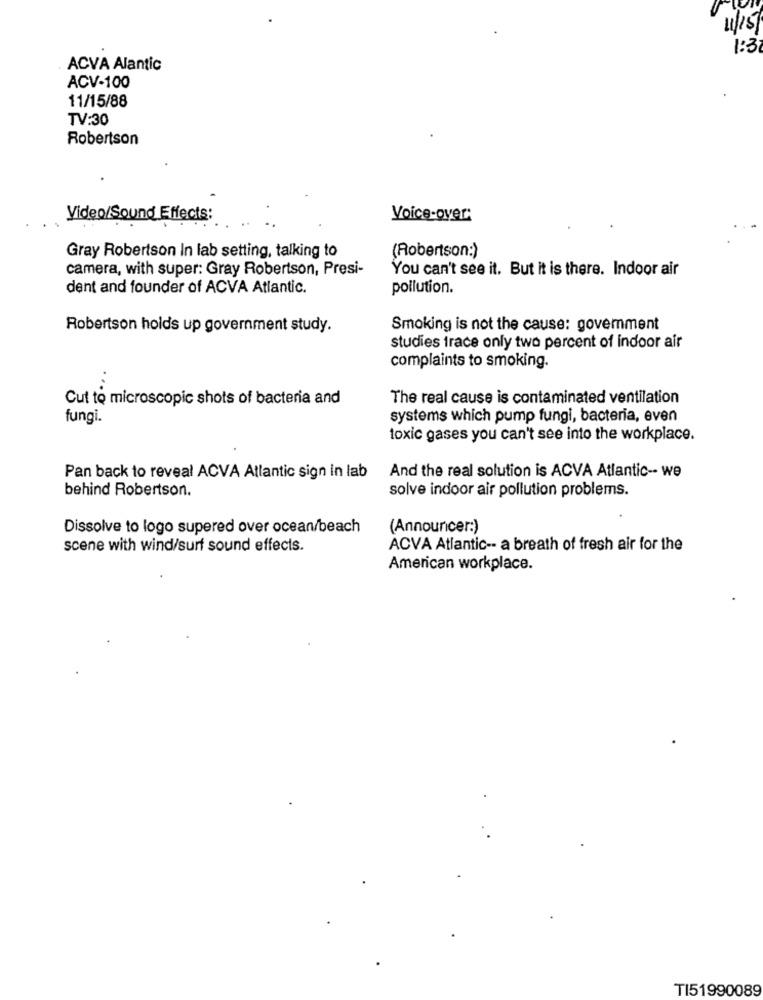
11/15/
1:3
ACVA Alantic
ACV-100
11/15/88
TV:30
Robertson
Video/Sound Effects:
Voice-over:
Gray Robertson In lab setting, talking to
(Robertson:)
camera, with super: Gray Robertson, Presi-
You can't see it. But it is there. Indoor air
dent and founder of ACVA Atlantic.
pollution.
Robertson holds up government study.
Smoking is not the cause: goverment
studies trace only two percent of indoor air
complaints to smoking.
Cut to microscopic shots of bacteria and
The real cause is contaminated ventilation
fungi.
systems which pump fungi, bacteria, even
toxic gases you can't see into the workplace.
Pan back to reveal ACVA Atlantic sign in lab
And the real solution is ACVA Atlantic -- we
behind Robertson.
solve indoor air pollution problems.
Dissolve to logo supered over ocean/beach
(Announcer:)
scene with wind/surf sound effects.
ACVA Atlantic -- a breath of fresh air for the
American workplace.
TI51990089